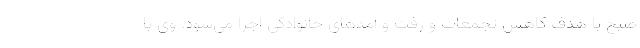
صبح با هدف کاهش تجمعات و رفت و آمدهای خانوادگی اجرا می‌شود. وی با